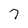
Character: 7